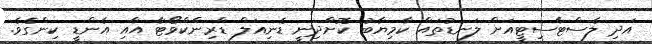
އަދި ލެސްޓާސިޓީއަށް ލަނޑުތައް ކާމިޔާބު ކޮށްދިނީ ޑެނިއަލް ޑްރިންކްވޯޓާ އާއި އެންޑީ ކިންގެވެ.